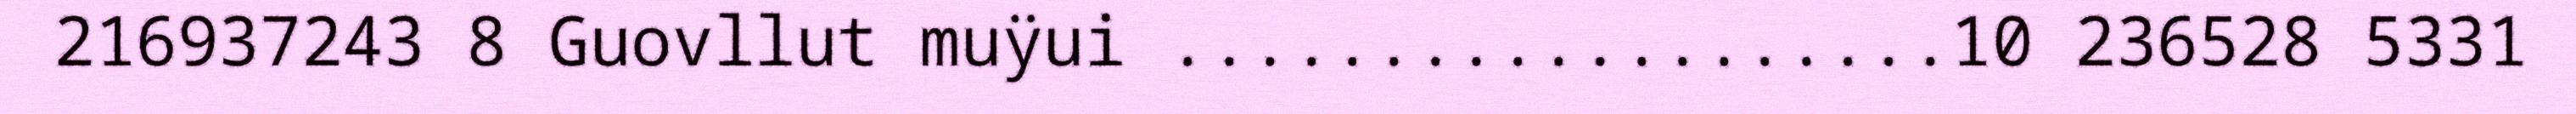
216937243 8 Guovllut muÿui ...................10 236528 5331